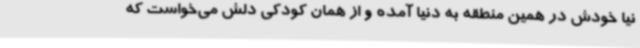
نیا خودش در همین منطقه به دنیا آمده و از همان کودکی دلش می‌خواست که